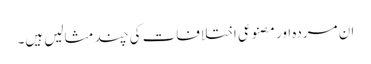
ان مردہ اور مصنوعی اختلافات کی چند مثالیں ہیں۔